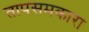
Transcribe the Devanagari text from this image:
तापसमकारा